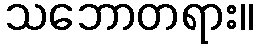
သဘောတရား။